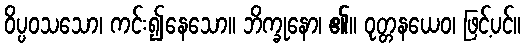
ဝိပ္ပဝသသော၊ ကင်း၍နေသော။ ဘိက္ခုနော၊ ၏။ ဝုတ္တနယေဝ၊ ဖြင့်ပင်။